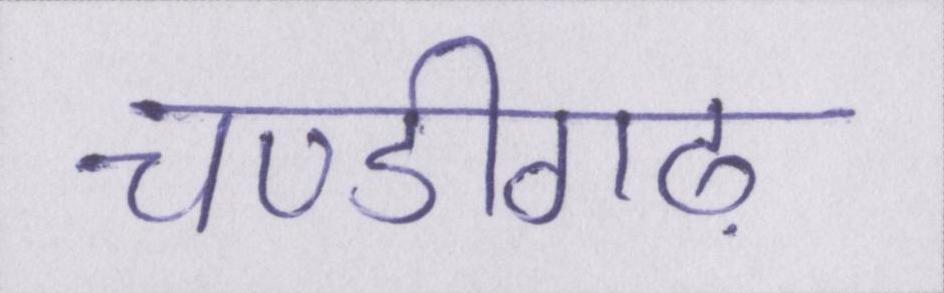
चण्डीगढ़